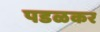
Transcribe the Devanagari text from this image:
पडळकर